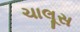
ચાલૂસ